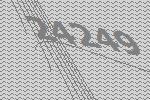
24249